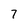
Character: 7